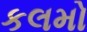
કલમો